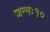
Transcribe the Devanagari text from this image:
जन्मः१०